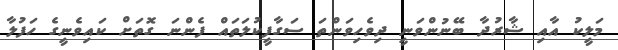
މަލީކު އާއި ޝާރުދާ ބޭނުންވަނީ ދިވެހިވަންތަ ސަގާފީކުލަތައް ފެންނަ ގޮތަށް ކައިވެނީގެ ހަފުލާ